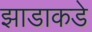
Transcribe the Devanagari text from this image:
झाडाकडे